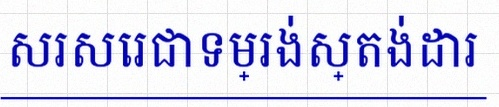
សរសេរជាទម្រង់ស្តង់ដារ